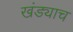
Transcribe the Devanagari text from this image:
खंड्याच